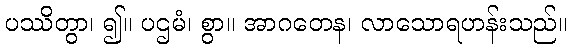
ပဿိတွာ၊ ၍။ ပဌမံ၊ စွာ။ အာဂတေန၊ လာသောရဟန်းသည်။